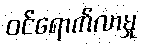
ဝင်ရောက်လာမှု